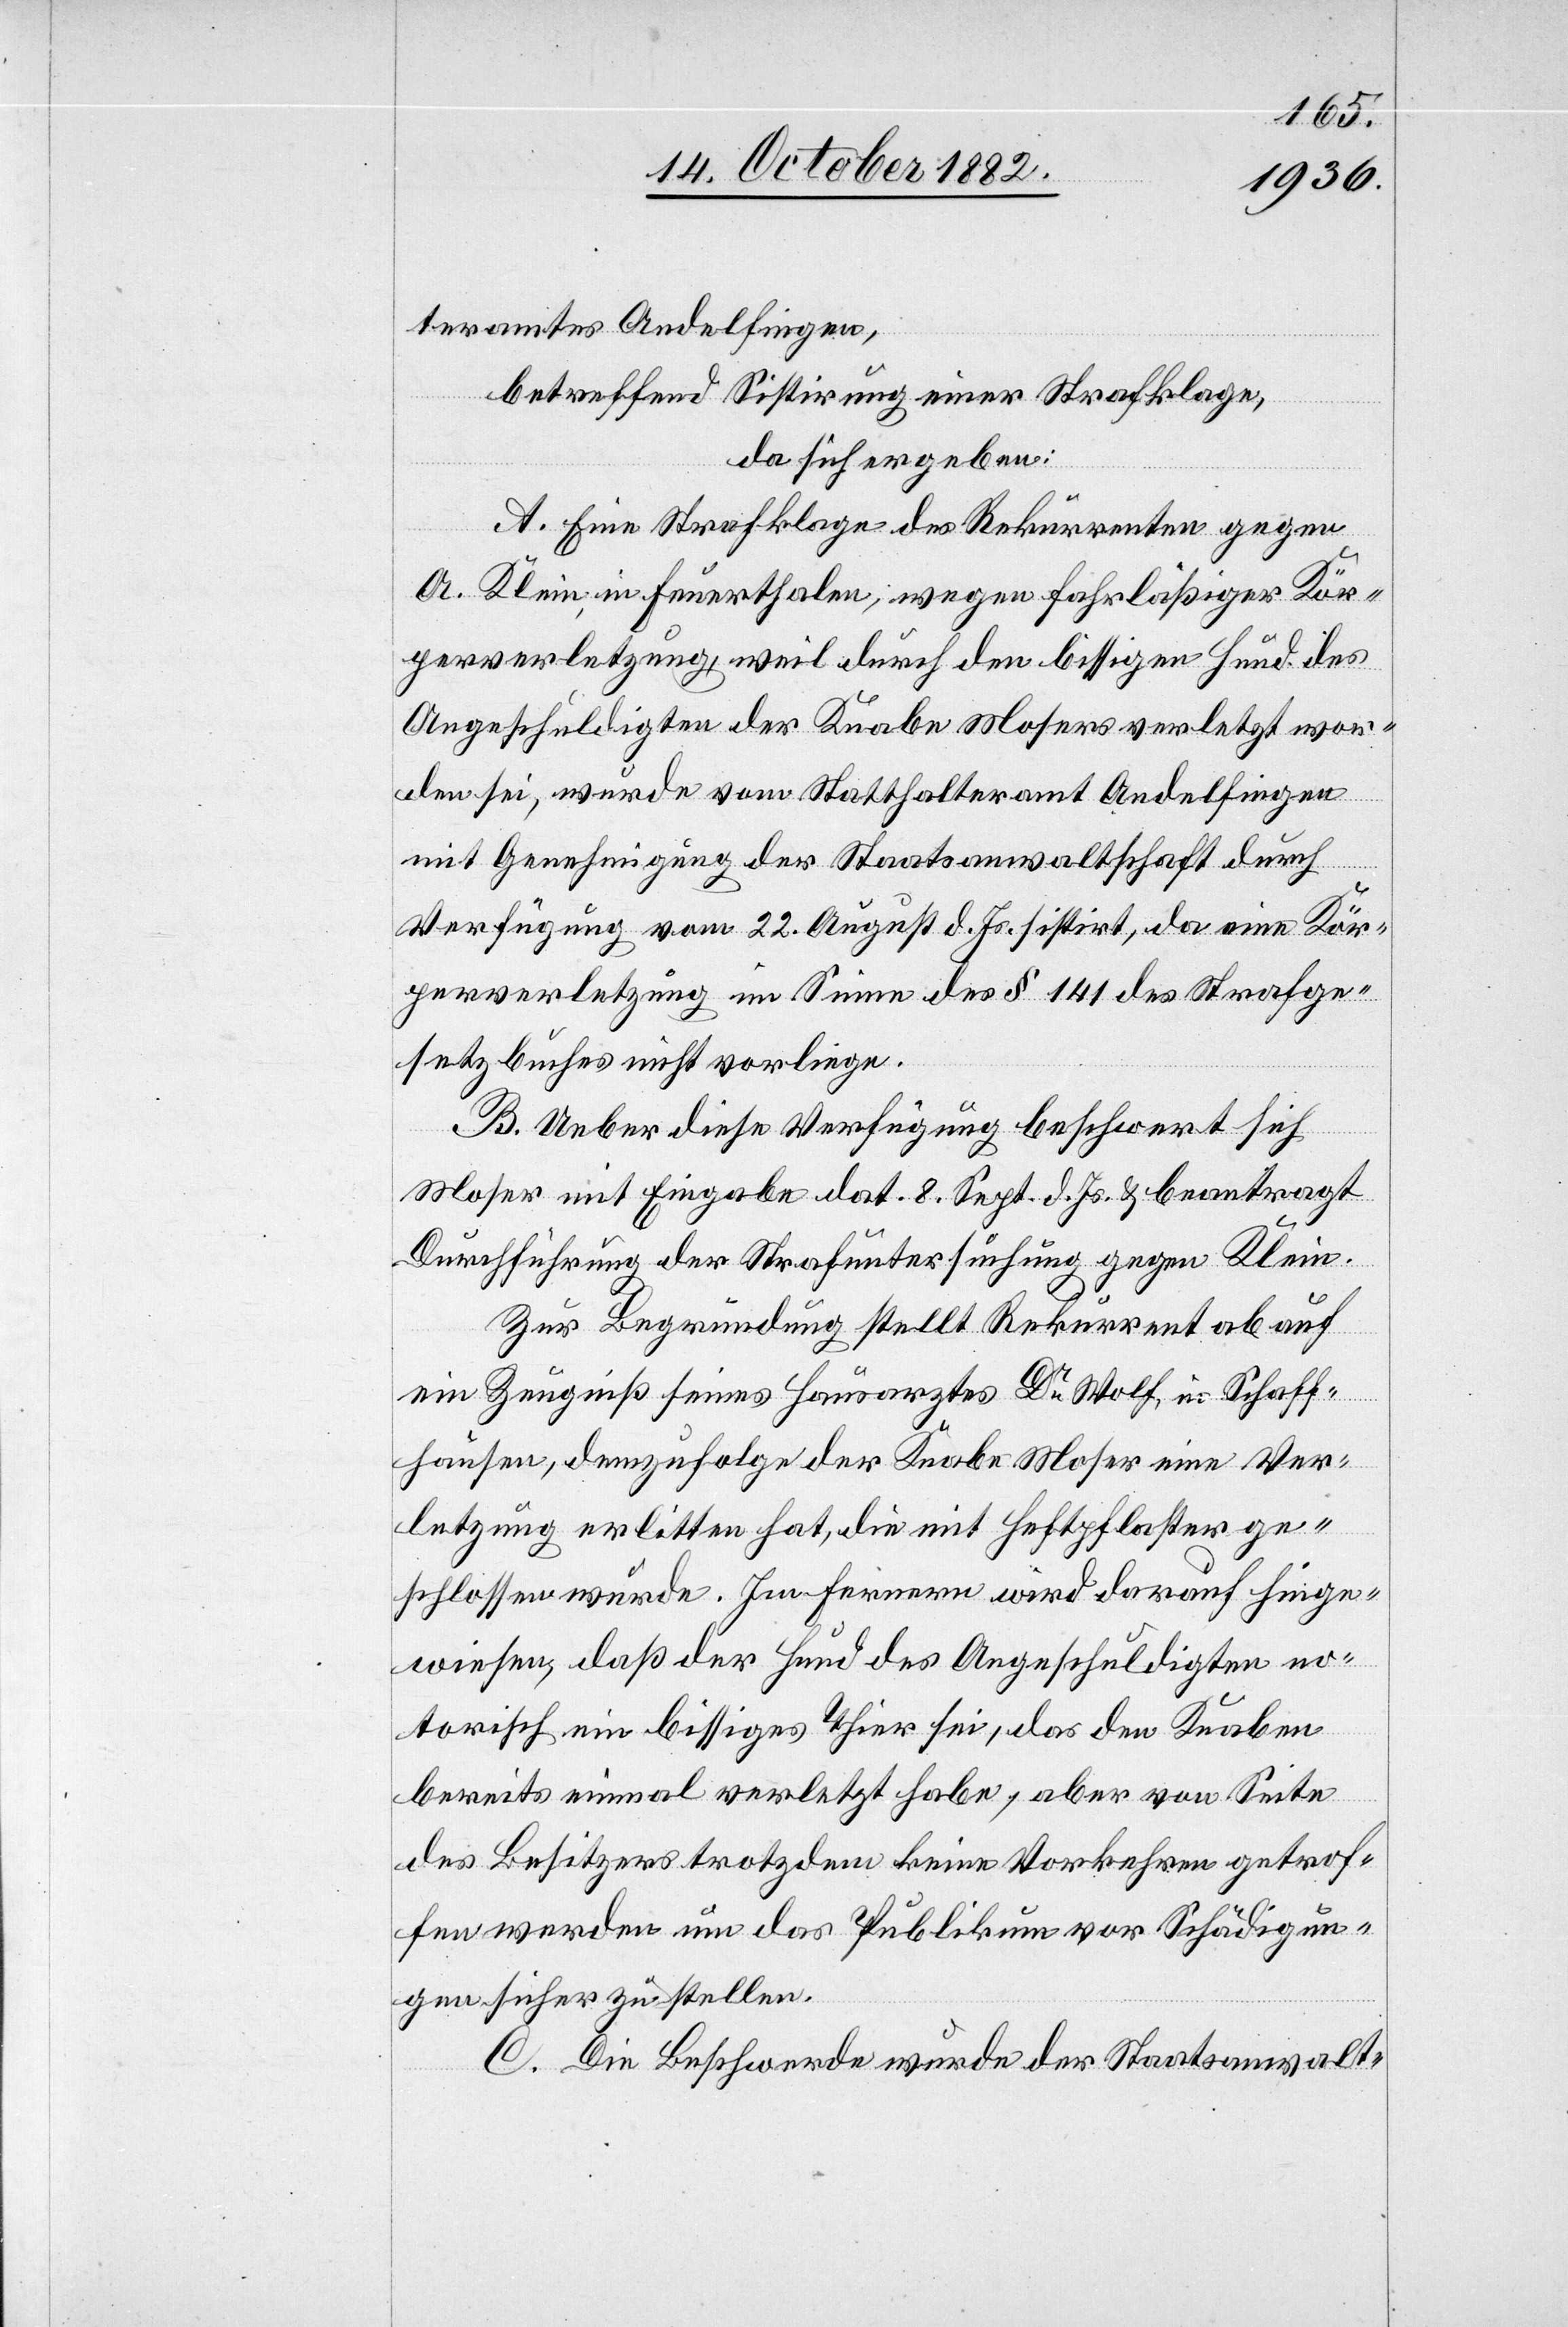
teramtes Andelfingen,
betreffend Sistirung einer Strafklage,
da sich ergeben:
A. Eine Strafklage des Rekurrenten gegen
A. Klein, in Feuerthalen, wegen fahrläßiger Kör¬
perverletzung, weil durch den bissigen Hund des
Angeschuldigten der Knabe Mosers verletzt wor¬
den sei, wurde vom Statthalteramt Andelfingen
mit Genehmigung der Staatsanwaltschaft durch
Verfügung vom 22. August d. Js. sistirt, da eine Kör¬
perverletzung im Sinne des § 141 des Strafge¬
setzbuches nicht vorliege.
B. Ueber diese Verfügung beschwert sich
Moser mit Eingabe dat. 8. Sept. d. Js. & beantragt
Durchführung der Strafuntersuchung gegen Klein.
Zur Begründung stellt Rekurrent ab auf
ein Zeugniß seines Hausarztes Dr Wolf, in Schaff¬
hausen, demzufolge der Knabe Moser eine Ver¬
letzung erlitten hat, die mit Heftpflaster ge¬
schlossen wurde. Im Fernern wird darauf hinge¬
wiesen, daß der Hund des Angeschuldigten no¬
torisch ein bissiges Thier sei, das den Knaben
bereits einmal verletzt habe, aber von Seite
des Besitzers trotzdem keine Vorkehren getrof¬
fen werden um das Publikum vor Schädigun¬
gen sicher zu stellen.
C. Die Beschwerde wurde der Staatsanwalt-